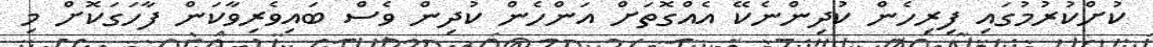
ކުށްކުރުމުގައި ފިރިހެން ކުދިންނެކޭ އެއްގޮތަަށް އަންހެން ކުދިން ވެސް ބައިވެރިވާކަން ފާހަގަކޮށް މި